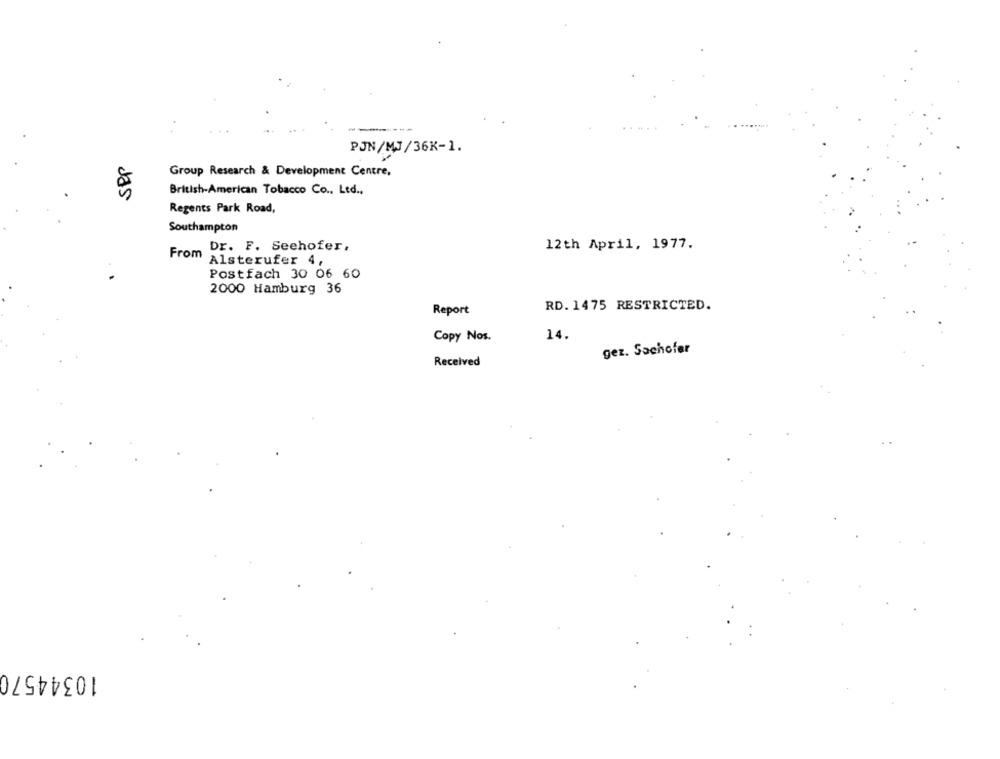
PJN/MJ/36K-1.
SPP
Group Research & Development Centre,
British-American Tobacco Co ., Ltd .,
Regents Park Road,
Southampton
Dr. F. Seehofer,
12th April, 1977.
From
Alsterufer 4,
Postfach 30 06 60
2000 Hamburg 36
Report
RD. 1475 RESTRICTED.
14.
Copy Nos.
gez. Sachofer
Received
10344570